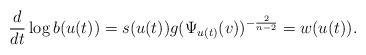
LaTeX: \begin{align*}\frac{d}{dt} \log b(u(t))=s(u(t))g(\Psi_{u(t)}(v))^{-\frac{2}{n-2}}=w(u(t)). \end{align*}